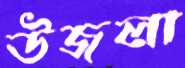
উজলা